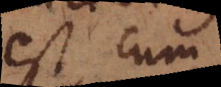
est cum